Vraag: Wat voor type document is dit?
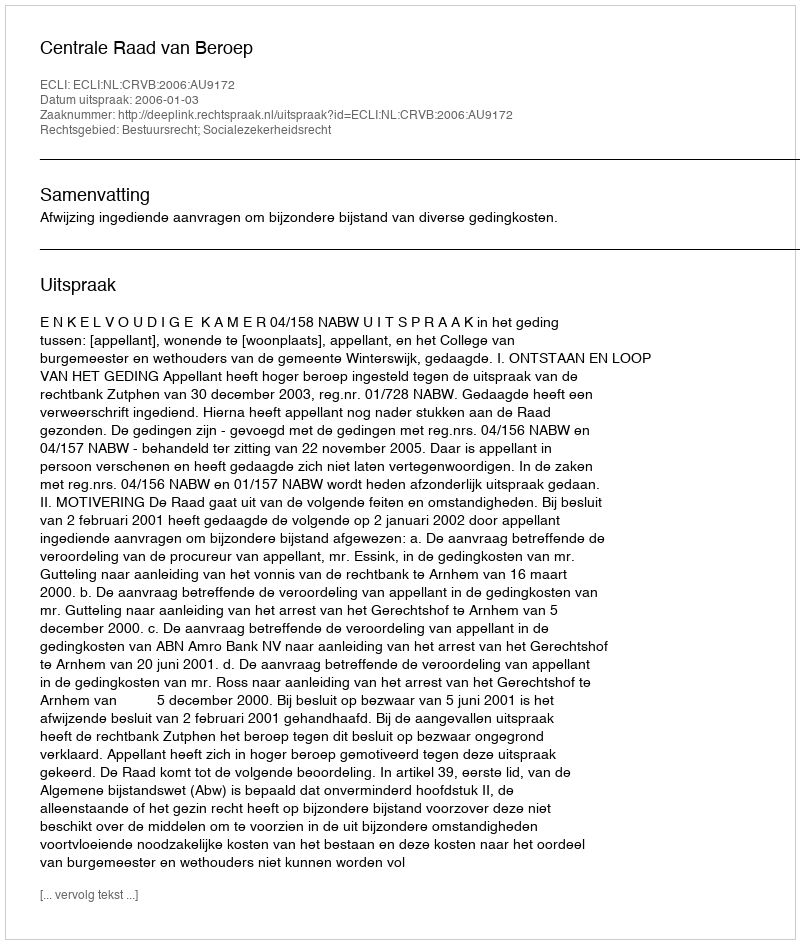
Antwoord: Uitspraak